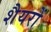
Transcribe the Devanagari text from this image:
शैयरों